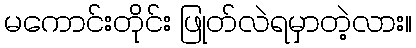
မကောင်းတိုင်း ဖြုတ်လဲရမှာတဲ့လား။